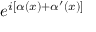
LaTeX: e ^ { i [ \alpha ( x ) + \alpha ^ { \prime } ( x ) ] }